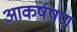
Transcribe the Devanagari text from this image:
आकर्षषण